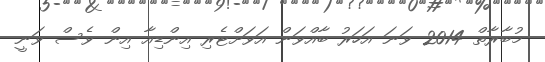
މުބާރާތް 2014 ވަނަ އަހަރު ބާއްވަން އަވަށްޓެރި އިންޑިއާ އިން ވެސް ވަނީ